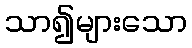
သာ၍များသော